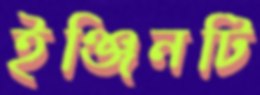
ইঞ্জিনটি